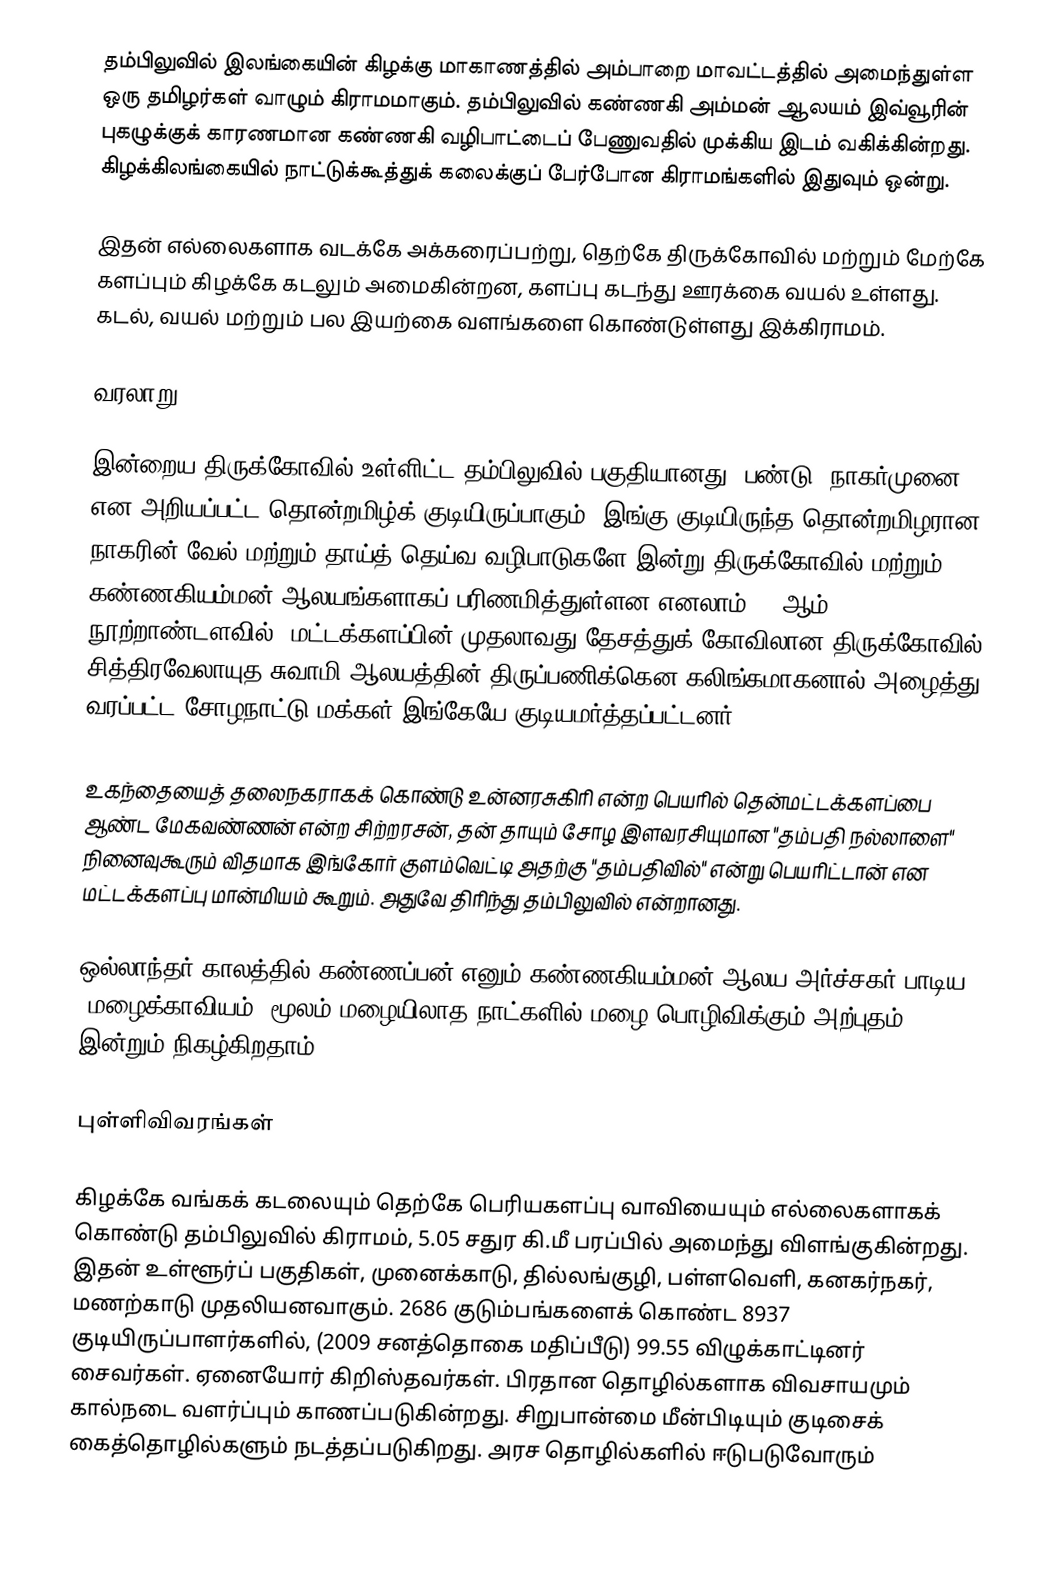
தம்பிலுவில் இலங்கையின் கிழக்கு மாகாணத்தில் அம்பாறை மாவட்டத்தில் அமைந்துள்ள ஒரு தமிழர்கள் வாழும்  கிராமமாகும்.  தம்பிலுவில் கண்ணகி அம்மன் ஆலயம் இவ்வூரின் புகழுக்குக் காரணமான கண்ணகி வழிபாட்டைப் பேணுவதில் முக்கிய இடம் வகிக்கின்றது. கிழக்கிலங்கையில் நாட்டுக்கூத்துக் கலைக்குப் பேர்போன கிராமங்களில் இதுவும் ஒன்று.

இதன் எல்லைகளாக வடக்கே அக்கரைப்பற்று, தெற்கே திருக்கோவில் மற்றும் மேற்கே களப்பும் கிழக்கே கடலும் அமைகின்றன, களப்பு கடந்து ஊரக்கை வயல் உள்ளது. கடல், வயல் மற்றும் பல இயற்கை வளங்களை கொண்டுள்ளது இக்கிராமம்.

வரலாறு

இன்றைய திருக்கோவில் உள்ளிட்ட தம்பிலுவில் பகுதியானது, பண்டு "நாகர்முனை" என அறியப்பட்ட தொன்றமிழ்க் குடியிருப்பாகும். இங்கு குடியிருந்த தொன்றமிழரான நாகரின் வேல் மற்றும் தாய்த் தெய்வ வழிபாடுகளே இன்று திருக்கோவில் மற்றும் கண்ணகியம்மன் ஆலயங்களாகப் பரிணமித்துள்ளன எனலாம். 11ஆம் நூற்றாண்டளவில், மட்டக்களப்பின் முதலாவது தேசத்துக் கோவிலான  திருக்கோவில் சித்திரவேலாயுத சுவாமி ஆலயத்தின் திருப்பணிக்கென கலிங்கமாகனால் அழைத்து வரப்பட்ட சோழநாட்டு மக்கள்  இங்கேயே குடியமர்த்தப்பட்டனர்.

உகந்தையைத் தலைநகராகக் கொண்டு உன்னரசுகிரி என்ற பெயரில் தென்மட்டக்களப்பை ஆண்ட மேகவண்ணன் என்ற சிற்றரசன், தன் தாயும் சோழ இளவரசியுமான "தம்பதி நல்லாளை" நினைவுகூரும் விதமாக இங்கோர் குளம்வெட்டி அதற்கு "தம்பதிவில்"  என்று பெயரிட்டான் என மட்டக்களப்பு மான்மியம் கூறும். அதுவே திரிந்து தம்பிலுவில் என்றானது.

ஒல்லாந்தர் காலத்தில் கண்ணப்பன் எனும் கண்ணகியம்மன் ஆலய அர்ச்சகர் பாடிய "மழைக்காவியம்" மூலம் மழையிலாத நாட்களில்  மழை பொழிவிக்கும் அற்புதம் இன்றும் நிகழ்கிறதாம்.

புள்ளிவிவரங்கள்

கிழக்கே வங்கக் கடலையும் தெற்கே பெரியகளப்பு வாவியையும் எல்லைகளாகக் கொண்டு தம்பிலுவில் கிராமம், 5.05 சதுர கி.மீ பரப்பில் அமைந்து விளங்குகின்றது. இதன் உள்ளூர்ப் பகுதிகள், முனைக்காடு, தில்லங்குழி, பள்ளவெளி, கனகர்நகர், மணற்காடு முதலியனவாகும். 2686 குடும்பங்களைக் கொண்ட  8937 குடியிருப்பாளர்களில், (2009 சனத்தொகை மதிப்பீடு) 99.55 விழுக்காட்டினர் சைவர்கள். ஏனையோர் கிறிஸ்தவர்கள். பிரதான தொழில்களாக விவசாயமும் கால்நடை வளர்ப்பும் காணப்படுகின்றது. சிறுபான்மை மீன்பிடியும் குடிசைக் கைத்தொழில்களும் நடத்தப்படுகிறது. அரச தொழில்களில் ஈடுபடுவோரும்